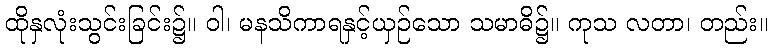
ထိုနှလုံးသွင်းခြင်း၌။ ဝါ၊ မနသိကာရနှင့်ယှဉ်သော သမာဓိ၌။ ကုသ လတာ၊ တည်း။